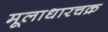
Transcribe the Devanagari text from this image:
मूलाधारचक्र